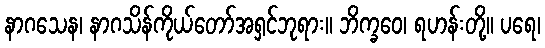
နာဂသေန၊ နာဂသိန်ကိုယ်တော်အရှင်ဘုရား။ ဘိက္ခဝေ၊ ရဟန်းတို့။ ပရေ၊